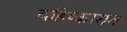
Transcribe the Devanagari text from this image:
बहिष्कारात